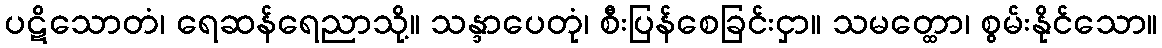
ပဋိသောတံ၊ ရေဆန်ရေညာသို့။ သန္ဒာပေတုံ၊ စီးပြန်စေခြင်းငှာ။ သမတ္ထော၊ စွမ်းနိုင်သော။